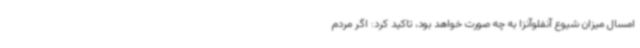
امسال میزان شیوع آنفلوآنزا به چه صورت خواهد بود، تاکید کرد: اگر مردم